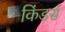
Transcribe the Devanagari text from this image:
किंडर्स